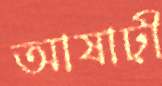
আষাঢ়ী